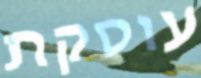
עוסקת